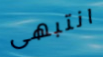
انتبهى